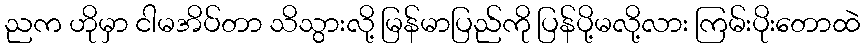
ညက ဟိုမှာ ငါမအိပ်တာ သိသွားလို့ မြန်မာပြည်ကို ပြန်ပို့မလို့လား ကြမ်းပိုးတောထဲ